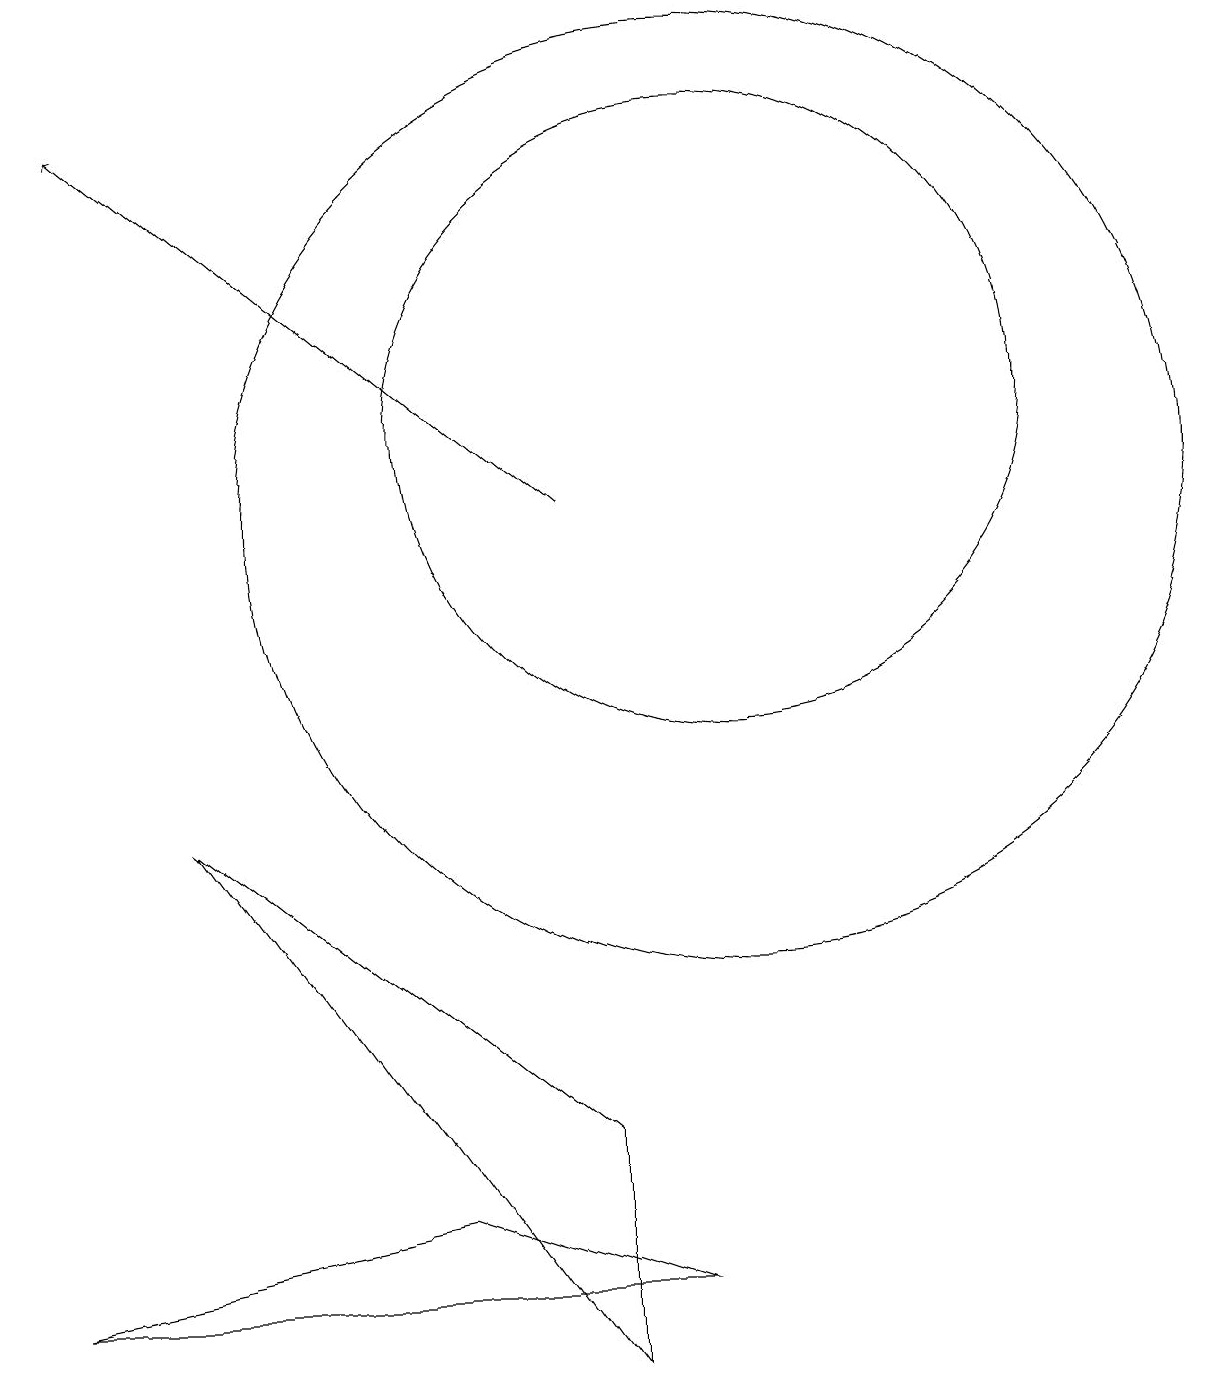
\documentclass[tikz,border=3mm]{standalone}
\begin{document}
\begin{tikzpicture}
\draw (10,12) circle (4);
\draw (8,3) -- (8,0) -- (3,7) -- cycle;
\draw (1,1) -- (6,2) -- (9,1) -- cycle;
\draw (10,11) circle (6);
\draw[->] (8,11) -- (2,16);
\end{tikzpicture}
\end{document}